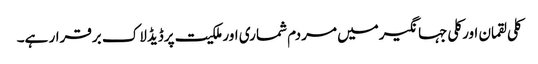
کلی لقمان اورکلی جہانگیرمیں مردم شماری اورملکیت پرڈیڈلاک برقرار ہے۔